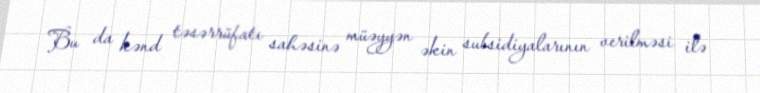
Bu da kənd təsərrüfatı sahəsinə müəyyən əkin subsidiyalarının verilməsi ilə